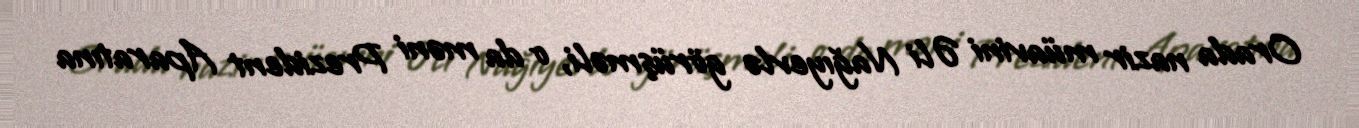
Orada nazir müavini Əli Nağıyevlə görüşməli, o da məni Prezident Aparatına